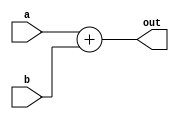
// This program was cloned from: https://github.com/Chair-for-Security-Engineering/fhewsyn
// License: BSD 3-Clause "New" or "Revised" License

module add4(
  input wire [3:0] a,
  input wire [3:0] b,
  output wire [4:0] out
);
  assign out = a + b;
endmodule